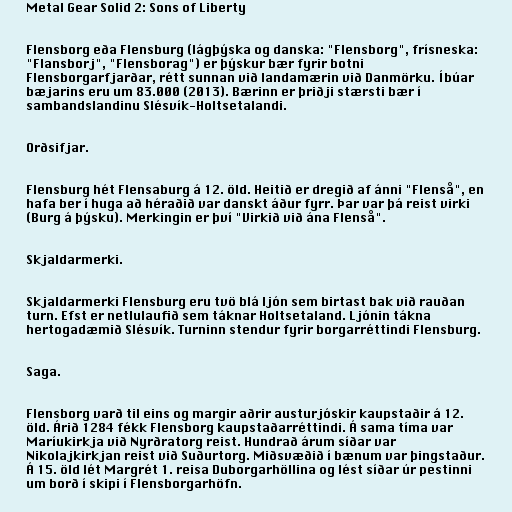
Metal Gear Solid 2: Sons of Liberty

Flensborg eða Flensburg (lágþýska og danska: "Flensborg", frísneska:
"Flansborj", "Flensborag") er þýskur bær fyrir botni
Flensborgarfjarðar, rétt sunnan við landamærin við Danmörku. Íbúar
bæjarins eru um 83.000 (2013). Bærinn er þriðji stærsti bær í
sambandslandinu Slésvík-Holtsetalandi.

Orðsifjar.

Flensburg hét Flensaburg á 12. öld. Heitið er dregið af ánni "Flenså", en
hafa ber í huga að héraðið var danskt áður fyrr. Þar var þá reist virki
(Burg á þýsku). Merkingin er því "Virkið við ána Flenså".

Skjaldarmerki.

Skjaldarmerki Flensburg eru tvö blá ljón sem birtast bak við rauðan
turn. Efst er netlulaufið sem táknar Holtsetaland. Ljónin tákna
hertogadæmið Slésvík. Turninn stendur fyrir borgarréttindi Flensburg.

Saga.

Flensborg varð til eins og margir aðrir austurjóskir kaupstaðir á 12.
öld. Árið 1284 fékk Flensborg kaupstaðarréttindi. Á sama tíma var
Maríukirkja við Nyrðratorg reist. Hundrað árum síðar var
Nikolajkirkjan reist við Suðurtorg. Miðsvæðið í bænum var þingstaður.
Á 15. öld lét Margrét 1. reisa Duborgarhöllina og lést síðar úr pestinni
um borð í skipi í Flensborgarhöfn.